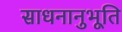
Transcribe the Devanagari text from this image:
साधनानुभूति